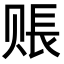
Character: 𧹔